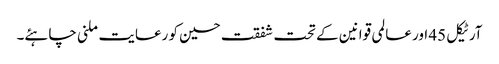
آرٹیکل 45 اور عالمی قوانین کے تحت شفقت حسین کو رعایت ملنی چاہئے۔